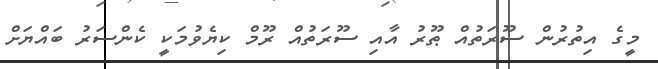
މީގެ އިތުރުން ސޫރަތުއް ޠޫރު އާއި ސޫރަތުއް ރޫމް ކިޔެވުމަކީ ކެންސަރު ބައްޔަށް